Madras plague regulations in force outside the Presidency town - Volume 1
Disease focus: Plague
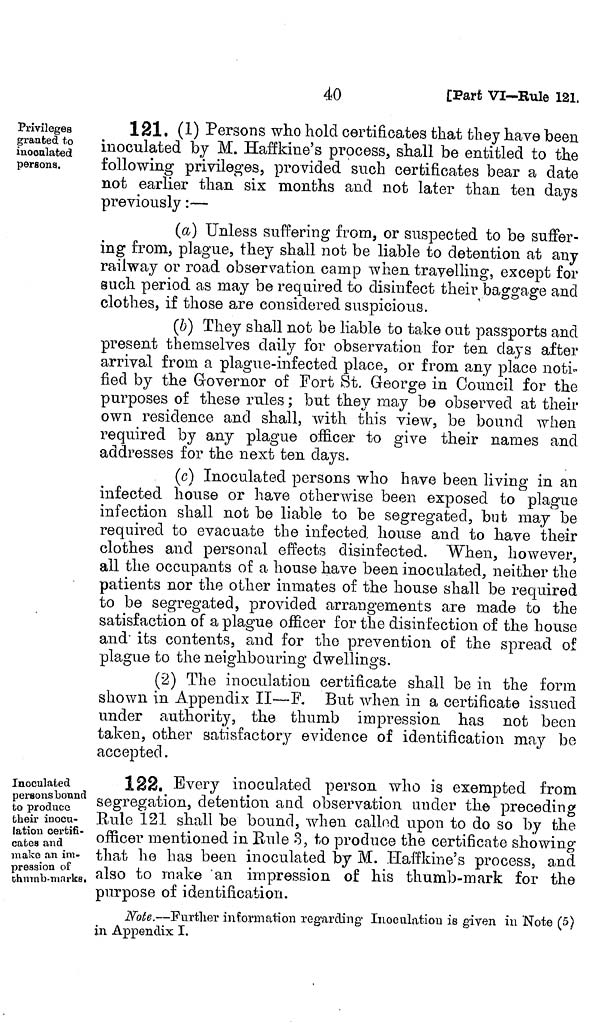
40
[Part VI—Rule 121.
Privileges
granted to
inoculated
persona.
121, (1) Persons who hold certificates that they have been
inoculated by M. Haffkine's process, shall be entitled to the
following privileges, provided such certificates bear a date
not earlier than six months and not later than ten days
previously :—
(a) Unless suffering from, or suspected to be suffer-
ing from, plague, they shall not be liable to detention at any
railway or road observation camp when travelling, except for
such period as may be required to disinfect their baggage and
clothes, if those are considered suspicious.
(b) They shall not be liable to take out passports and
present themselves daily for observation for ten clays after
arrival from a plague-infected place, or from any place noti-
fied by the Governor of Fort St. George in Council for the
purposes of these rules ; but they may be observed at their
own residence and shall, with this view, be bound when
required by any plague officer to give their names and
addresses for the next ten days.
(c) Inoculated persons who have been living in an
infected house or have otherwise been exposed to plague
infection shall not be liable to be segregated, but may be
required to evacuate the infected house and to have their
clothes and personal effects disinfected. When, however,
all the occupants of a house have been inoculated, neither the
patients nor the other inmates of the house shall be required
to be segregated, provided arrangements are made to the
satisfaction of a plague officer for the disinfection of the house
and' its contents, and for the prevention of the spread of
plague to the neighbouring dwellings.
(2) The inoculation certificate shall be in the form
shown in Appendix II—F. But when in a certificate issued
under authority, the thumb impression has not been
taken, other satisfactory evidence of identification may be
accepted.
Inoculated
persons bound
fco produce
their inocu-
lation certifi-
cates and
make an im-
pression of
chnrab-niarke,
122. Every inoculated person who is exempted from
segregation, detention and observation under the preceding
Eule 121 shall be bound, when called upon to do so by the
officer mentioned in Rule 3, to produce the certificate showing
that he has been inoculated by M. Haffkine's process, and
also to make 'an impression of his thumb-mark for the
purpose of identification.
Note.—Further information regarding Inoculation is given in Note (5)
in Appendix I.